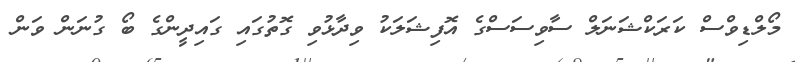
މޯލްޑިވްސް ކަރަކްޝަނަލް ސާވިސަސްގެ އޮފިޝަލަކު ވިދާޅުވި ގޮތުގައި ގައިދީންގެ ބޯ ގުނަން ވަން